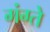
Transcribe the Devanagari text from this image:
गंग्ते